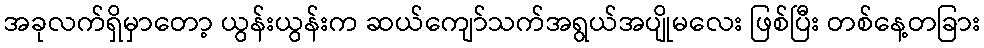
အခုလက်ရှိမှာတော့ ယွန်းယွန်းက ဆယ်ကျော်သက်အရွယ်အပျိုမလေး ဖြစ်ပြီး တစ်နေ့တခြား